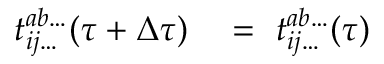
\begin{array} { r l } { t _ { i j \dots } ^ { a b \dots } ( \tau + \Delta \tau ) } & { { } = ~ t _ { i j \dots } ^ { a b \dots } ( \tau ) } \end{array}